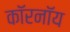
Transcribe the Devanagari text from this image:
कॉरनॉय